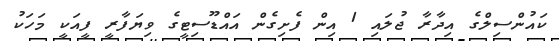
ކައުންސިލްގެ އިދާރާ ޖުލައި 1 އިން ފެށިގެން އައްޑޫސިޓީގެ ވިޔަފާރީ ފީއަކީ މަހަކު